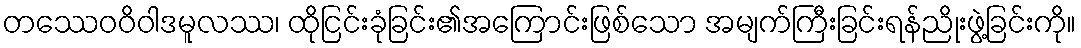
တဿေဝဝိဝါဒမူလဿ၊ ထိုငြင်းခုံခြင်း၏အကြောင်းဖြစ်သော အမျက်ကြီးခြင်းရန်ညိုးဖွဲ့ခြင်းကို။